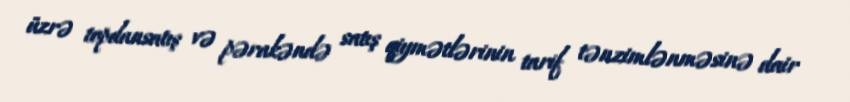
üzrə topdansatış və pərakəndə satış qiymətlərinin tarif tənzimlənməsinə dair